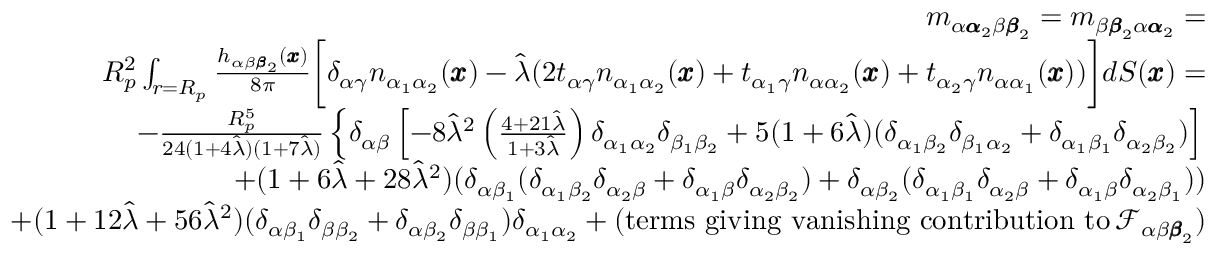
\begin{array} { r l r } & { } & { m _ { \alpha { \pmb \alpha } _ { 2 } \beta { \pmb \beta } _ { 2 } } = m _ { \beta { \pmb \beta } _ { 2 } \alpha { \pmb \alpha } _ { 2 } } = } \\ & { } & { R _ { p } ^ { 2 } \int _ { r = R _ { p } } \frac { h _ { \alpha \beta { \pmb \beta } _ { 2 } } ( { \pmb x } ) } { 8 \pi } \bigg [ \delta _ { \alpha \gamma } n _ { \alpha _ { 1 } \alpha _ { 2 } } ( { \pmb x } ) - \hat { \lambda } ( 2 t _ { \alpha \gamma } n _ { \alpha _ { 1 } \alpha _ { 2 } } ( \pmb x ) + t _ { \alpha _ { 1 } \gamma } n _ { \alpha \alpha _ { 2 } } ( \pmb x ) + t _ { \alpha _ { 2 } \gamma } n _ { \alpha \alpha _ { 1 } } ( \pmb x ) ) \bigg ] d S ( { \pmb x } ) = } \\ & { } & { - \frac { R _ { p } ^ { 5 } } { 2 4 ( 1 + 4 \hat { \lambda } ) ( 1 + 7 \hat { \lambda } ) } \left\{ \delta _ { \alpha \beta } \left[ - 8 \hat { \lambda } ^ { 2 } \left( \frac { 4 + 2 1 \hat { \lambda } } { 1 + 3 \hat { \lambda } } \right) \delta _ { \alpha _ { 1 } \alpha _ { 2 } } \delta _ { \beta _ { 1 } \beta _ { 2 } } + 5 ( 1 + 6 \hat { \lambda } ) ( \delta _ { \alpha _ { 1 } \beta _ { 2 } } \delta _ { \beta _ { 1 } \alpha _ { 2 } } + \delta _ { \alpha _ { 1 } \beta _ { 1 } } \delta _ { \alpha _ { 2 } \beta _ { 2 } } ) \right] \right. } \\ & { } & { + ( 1 + 6 \hat { \lambda } + 2 8 \hat { \lambda } ^ { 2 } ) ( \delta _ { \alpha \beta _ { 1 } } ( \delta _ { \alpha _ { 1 } \beta _ { 2 } } \delta _ { \alpha _ { 2 } \beta } + \delta _ { \alpha _ { 1 } \beta } \delta _ { \alpha _ { 2 } \beta _ { 2 } } ) + \delta _ { \alpha \beta _ { 2 } } ( \delta _ { \alpha _ { 1 } \beta _ { 1 } } \delta _ { \alpha _ { 2 } \beta } + \delta _ { \alpha _ { 1 } \beta } \delta _ { \alpha _ { 2 } \beta _ { 1 } } ) ) } \\ & { } & { + ( 1 + 1 2 \hat { \lambda } + 5 6 \hat { \lambda } ^ { 2 } ) ( \delta _ { \alpha \beta _ { 1 } } \delta _ { \beta \beta _ { 2 } } + \delta _ { \alpha \beta _ { 2 } } \delta _ { \beta \beta _ { 1 } } ) \delta _ { \alpha _ { 1 } \alpha _ { 2 } } + ( \mathrm { t e r m s ~ g i v i n g ~ v a n i s h i n g ~ c o n t r i b u t i o n ~ t o } \, \mathcal { F } _ { \alpha \beta { \pmb \beta } _ { 2 } } ) } \end{array}